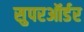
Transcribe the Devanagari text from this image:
सुपरऑर्डर